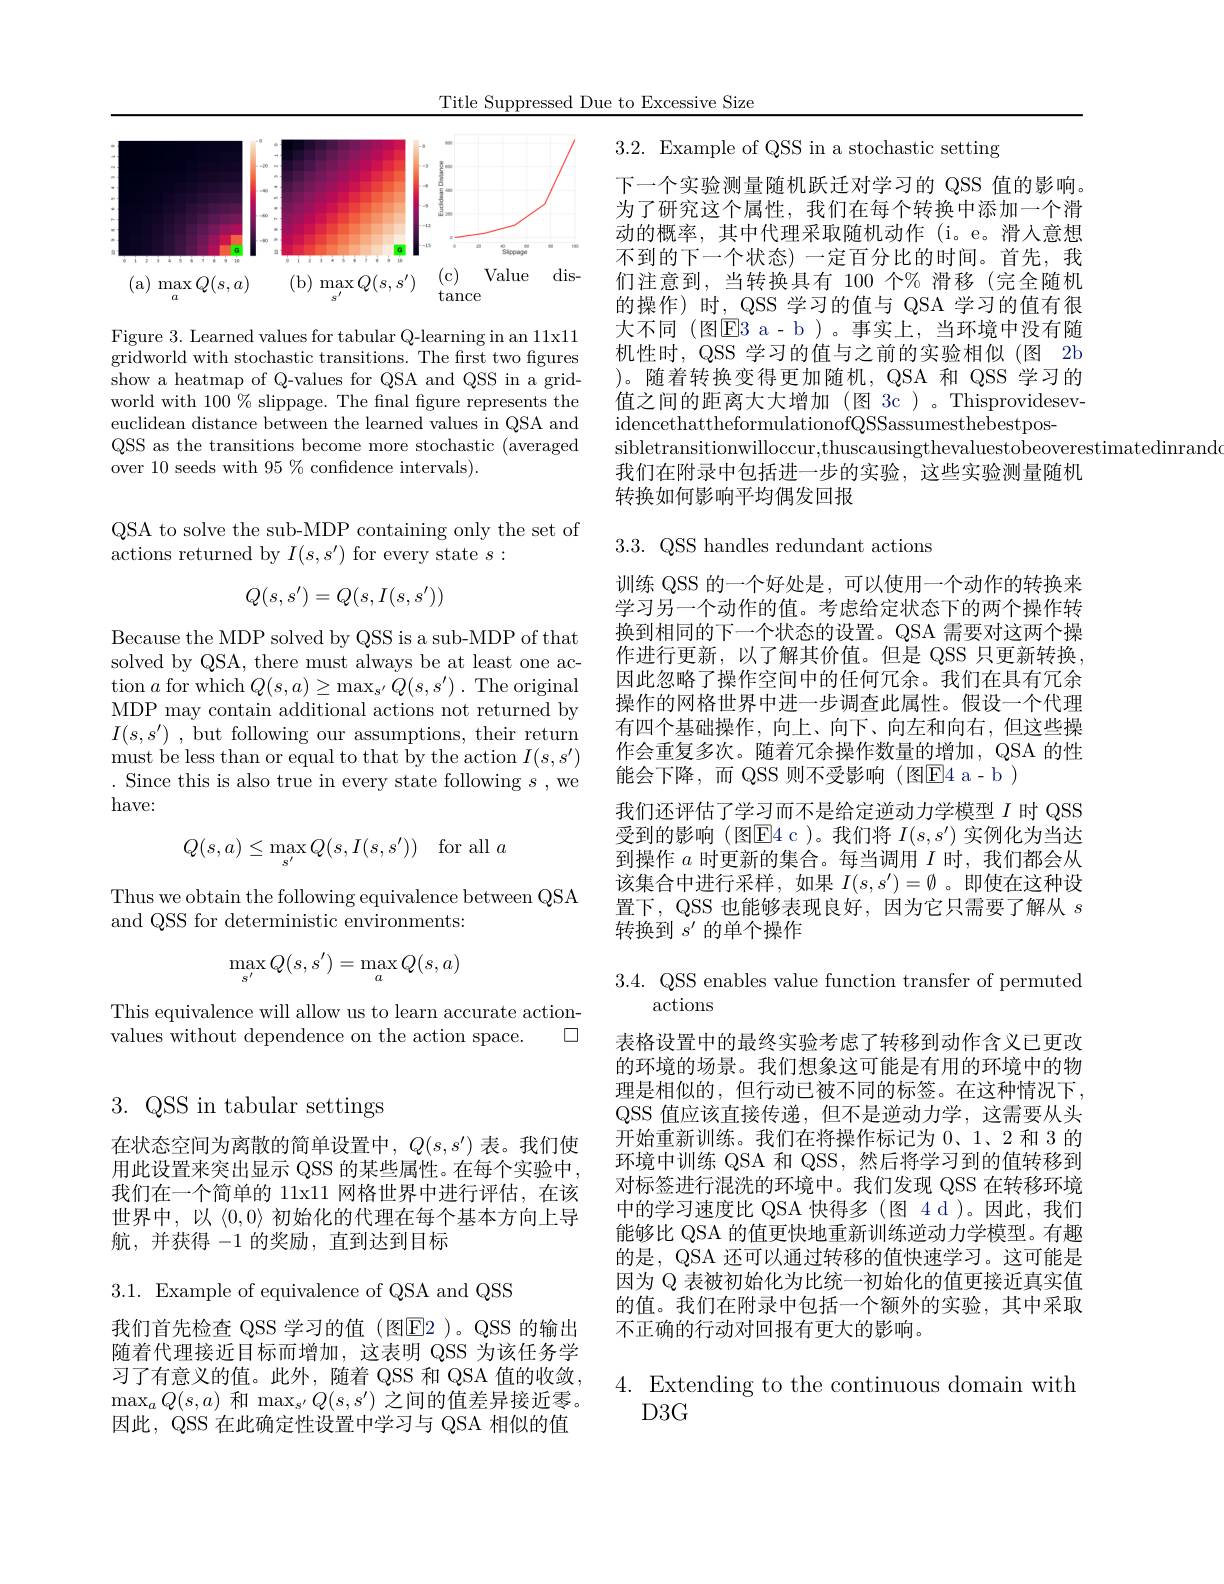
Title Suppressed Due to Excessive Size

<FigureHere>

Figure 3. Learned values for tabular Q-learning in an 11x11 gridworld with stochastic transitions. The first two figures show a heatmap of Q-values for QSA and QSS in a gridworld with $100\%$ slippage. The fnal figure represents the euclidean distance between the learned values in QSA and QSS as the transitions become more stochastic (averaged over 10 seeds with 95% confidence intervals).

QSA to solve the sub-MDP containing only the set of
actions returned by $I(s,s^{\prime})$ for every state $s:$
$$Q(s,s')=Q(s,I(s,s'))$$
Because the MDP solved by QSS is a sub-MDP of that solved by QSA, there must always be at least one ac- $\operatorname{tion}a$ for which $Q(s,a)\geq\operatorname*{max}_{s^{\prime}}Q(s,s^{\prime}).$ The original MDP may contain additional actions not returned by $I(s,s^{\prime})$ , but following our assumptions, their return must be less than or equal to that by the action $I(s,s^{\prime})$ . Since this is also true in every state following $s$,we have:
$$Q(s,a)\leq\max_{s'}Q(s,I(s,s'))\quad\text{for all}\:a$$
Thus we obtain the following equivalence between QSA
and QSS for deterministic environments:
$$\max_{s'}Q(s,s')=\max_{a}Q(s,a)$$
This equivalence will allow us to learn accurate action-
口
values without dependence on the action space.

3.QSS in tabular settings

在状态空间为离散的简单设置中，$Q(s,s^{\prime})$表。我们使用此设置来突出显示 QSS 的某些属性。在每个实验中， 我们在一个简单的 11x11 网格世界中进行评估，在该世界中，以《$\langle0,0\rangle$初始化的代理在每个基本方向上导航，并获得-1的奖励，直到达到目标

3.1. Example of equivalence of QSA and QSS

我们首先检查 QSS 学习的值(图E2)。QSS 的输出随着代理接近目标而增加，这表明 QSS 为该任务学习了有意义的值。此外，随着 QSS 和 QSA 值的收敛， $\operatorname*{max}_aQ(s,a)$和$\operatorname*{max}_s^{\prime}Q(s,s^{\prime})$之间的值差异接近零。因此，QSS 在此确定性设置中学习与 QSA 相似的值

3.2. Example of QSS in a stochastic setting
下一个实验测量随机跃迁对学习的 QSS 值的影响。为了研究这个属性，我们在每个转换中添加一个滑动的概率，其中代理采取随机动作 (i。e。滑人意想不到的下一个状态) 一定百分比的时间。首先，我们注意到，当转换具有 100 个% 滑移(完全随机的操作)时，QSS 学习的值与 QSA 学习的值有很大不同(图$\overline{\mathrm{E}}$3 a-b)。事实上，当环境中没有随机性时，QSS 学习的值与之前的实验相似(图 2b )。随着转换变得更加随机，QSA 和 QSS 学习的值之间的距离大大增加(图 3c)。ThisprovidesevidencethattheformulationofQSSassumesthebestpos-
sibletransitionwilloccur,thuscausingthevaluestobeoverestimatedinrando
我们在附录中包括进一步的实验，这些实验测量随机
转换如何影响平均偶发回报

3.3. QSS handles redundant actions

训练 QSS 的一个好处是，可以使用一个动作的转换来学习另一个动作的值。考虑给定状态下的两个操作转换到相同的下一个状态的设置。QSA 需要对这两个操作进行更新，以了解其价值。但是 QSS 只更新转换， 因此忽略了操作空间中的任何冗余。我们在具有冗余操作的网格世界中进一步调查此属性。假设一个代理有四个基础操作，向上、向下、向左和向右，但这些操作会重复多次。随着冗余操作数量的增加，QSA 的性能会下降，而 QSS 则不受影响(图E4 a- b)
我们还评估了学习而不是给定逆动力学模型$I$时 QSS 受到的影响(图E4 c)。我们将$I(s,s^\prime)$实例化为当达到操作$a$时更新的集合。每当调用$I$时，我们都会从该集合中进行采样，如果$I(s,s^{\prime})=\emptyset$ 。即使在这种设置下，QSS 也能够表现良好，因为它只需要了解从$s$ 转换到$s^\prime$的单个操作

3.4. QSS enables value function transfer of permuted
actions

表格设置中的最终实验考虑了转移到动作含义已更改的环境的场景。我们想象这可能是有用的环境中的物理是相似的，但行动已被不同的标签。在这种情况下， QSS 值应该直接传递，但不是逆动力学，这需要从头开始重新训练。我们在将操作标记为 0、1、2 和 3 的环境中训练 QSA 和 QSS,然后将学习到的值转移到对标签进行混洗的环境中。我们发现 QSS 在转移环境中的学习速度比 QSA 快得多(图 4 d)。因此，我们能够比 QSA 的值更快地重新训练逆动力学模型。有趣的是，QSA 还可以通过转移的值快速学习。这可能是因为 Q 表被初始化为比统一初始化的值更接近真实值的值。我们在附录中包括一个额外的实验，其中采取不正确的行动对回报有更大的影响。

# 4. Extending to the continuous domain with $D3G$